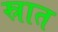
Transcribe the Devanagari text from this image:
स्रात